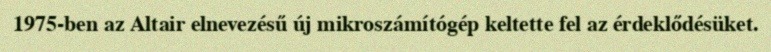
1975-ben az Altair elnevezésű új mikroszámítógép keltette fel az érdeklődésüket.